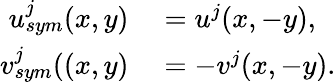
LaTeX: \begin{array}{rl}{u_{sym}^{j}(x,y)}&{{}=u^{j}(x,-y),}\\ {v_{sym}^{j}((x,y)}&{{}=-v^{j}(x,-y).}\end{array}